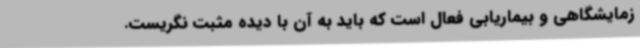
زمایشگاهی و بیماریابی فعال است که باید به آن با دیده مثبت نگریست.